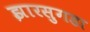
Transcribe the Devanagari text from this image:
झारसुगडा